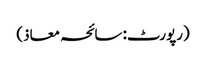
(رپورٹ: سائحہ معاذ)